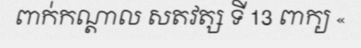
ពាក់កណ្តាល សតវត្ស ទី 13 ពាក្យ «